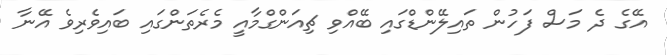
އޭގެ ދެ މަސް ފަހުން ތައިލޭންޑްގައި ބޭއްވި ޗިއަންގްމާއީ މެރެތަންގައި ބައިވެރިވެ އޭނާ